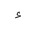
Letter: _hamza